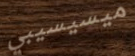
ميسيسيبي